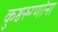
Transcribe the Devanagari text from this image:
कुष्ठरुग्णांना